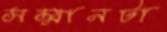
সম্মানটা